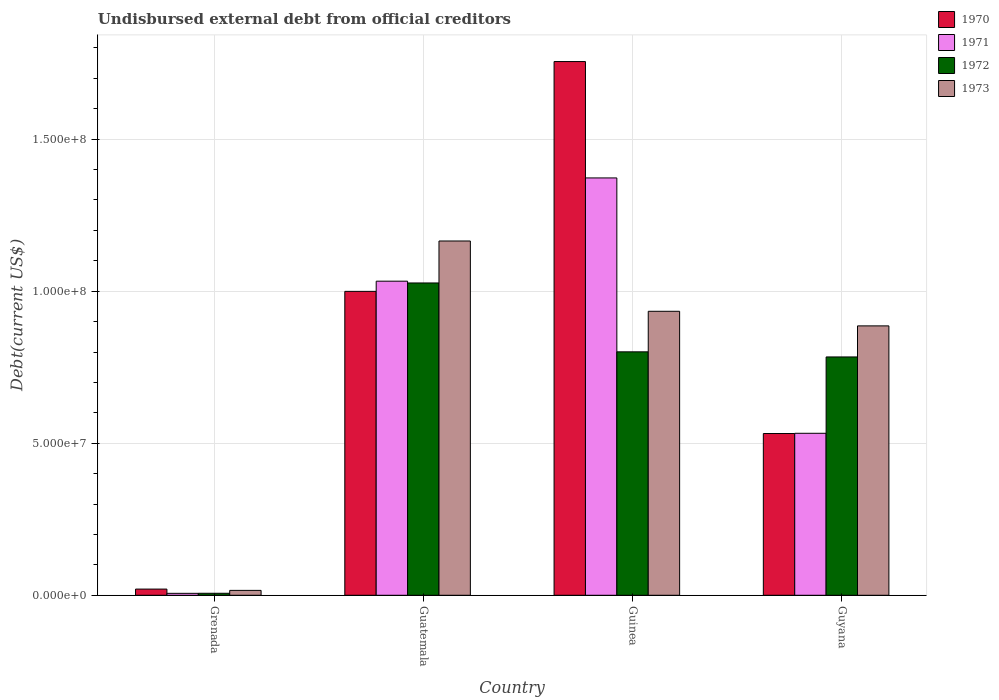
| Country | 1970 | 1971 | 1972 | 1973 |
 | --- | --- | --- | --- | --- |
 | Grenada | 2.04e+06 | 6.39e+05 | 6.57e+05 | 1.61e+06 |
 | Guatemala | 9.99e+07 | 1.03e+08 | 1.03e+08 | 1.17e+08 |
 | Guinea | 1.76e+08 | 1.37e+08 | 8.01e+07 | 9.34e+07 |
 | Guyana | 5.32e+07 | 5.33e+07 | 7.84e+07 | 8.86e+07 |